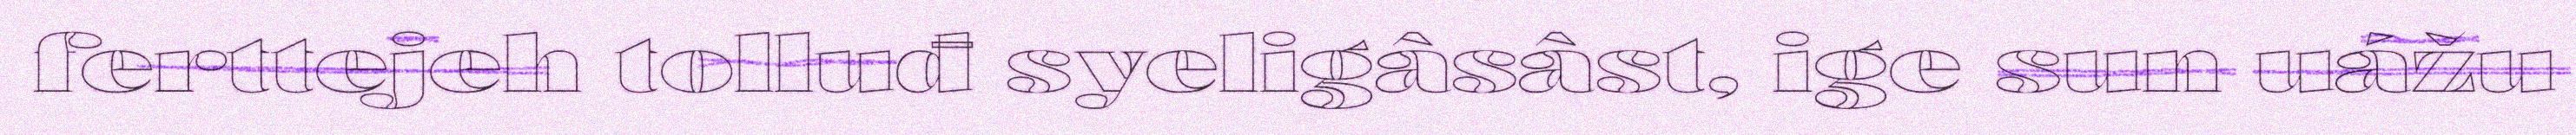
ferttejeh tolluđ syeligâsâst, ige sun uážu